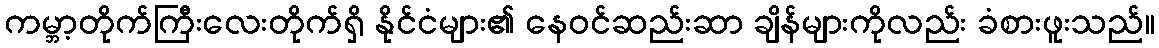
ကမ္ဘာ့တိုက်ကြီးလေးတိုက်ရှိ နိုင်ငံများ၏ နေဝင်ဆည်းဆာ ချိန်များကိုလည်း ခံစားဖူးသည်။